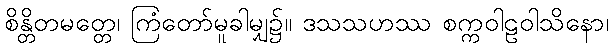
စိန္တိတမတ္တေ၊ ကြံတော်မူခါမျှ၌။ ဒသသဟဿ စက္ကဝါဠဝါသိနော၊